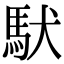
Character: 䭾